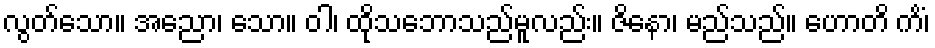
လွတ်သော။ အညော၊ သော။ ဝါ၊ ထိုသဘောသည်မူလည်း။ ဇိနော၊ မည်သည်။ ဟောတိ ကိံ၊